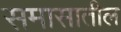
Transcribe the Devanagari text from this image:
समासातील